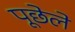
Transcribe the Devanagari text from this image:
पूछेले